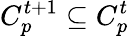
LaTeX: C_{p}^{t+1}\subseteq C_{p}^{t}